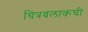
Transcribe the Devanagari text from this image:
चित्रबलाकची